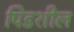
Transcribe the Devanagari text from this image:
पिडशील